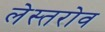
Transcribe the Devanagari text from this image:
लेस्तरोव